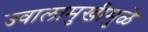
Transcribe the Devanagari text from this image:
ज्वालामुखीमुळे